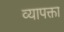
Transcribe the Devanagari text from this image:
व्यापक्ता